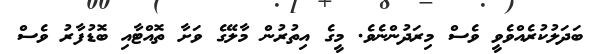
ބަދަލުކުރެއްވެވީ ވެސް މިރަދުންނެވެ. މީގެ އިތުރުން މާލޭގެ ވަށާ ތޮއްޓާއި ބޮޑުފާރު ވެސް